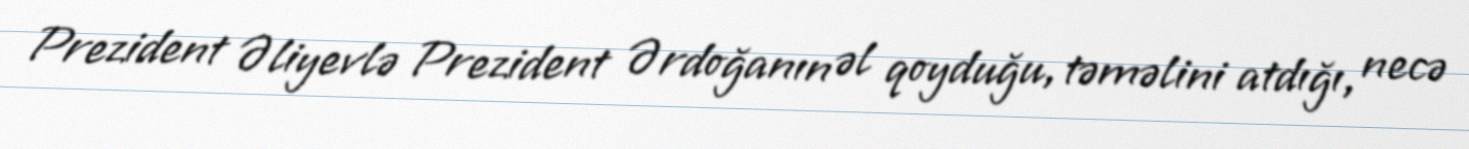
Prezident Əliyevlə Prezident Ərdoğanın əl qoyduğu, təməlini atdığı, necə